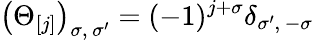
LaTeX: \left(\Theta_{[j]}\right)_{\sigma,\, \sigma^{\prime}}=(-1)^{j+\sigma}\delta_{\sigma^{\prime},\, -\sigma}